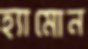
হ্যামোন